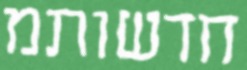
חדשותמ